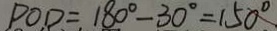
P O D = 1 8 0 ^ { \circ } - 3 0 ^ { \circ } = 1 5 0 ^ { \circ } _ { \cdot }